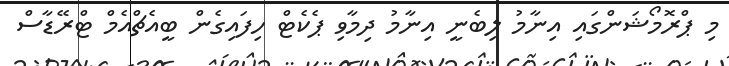
މި ޕްރޮމޯޝަންގައި އިނާމު ލިބެނީ އިނާމު ދިމާވި ޕެކެޓް ހިފައިގެން ބީއެޗްއެމް ޓްރޭޑާސް